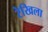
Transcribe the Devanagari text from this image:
रेखिला